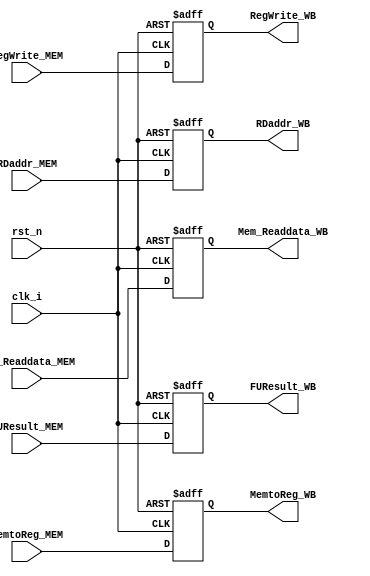
module MEMWBreg(
           clk_i,
           rst_n,
           RegWrite_MEM,
           RegWrite_WB,
           MemtoReg_MEM,
           MemtoReg_WB,
           RDaddr_MEM,
           RDaddr_WB,
           Mem_Readdata_MEM,
           Mem_Readdata_WB,
           FUResult_MEM,
           FUResult_WB
       );
input clk_i;
input rst_n;
input RegWrite_MEM;
input MemtoReg_MEM;
input [2:0] RDaddr_MEM;
input [15:0] Mem_Readdata_MEM;
input [15:0] FUResult_MEM;


output reg RegWrite_WB;
output reg MemtoReg_WB;
output reg [2:0] RDaddr_WB;
output reg [15:0] Mem_Readdata_WB;
output reg [15:0] FUResult_WB;




always@(posedge clk_i or negedge rst_n)
begin
    if(!rst_n)
    begin
        RegWrite_WB <= 1'b0;
        MemtoReg_WB <= 1'b0;
        RDaddr_WB <= 3'b0;
        Mem_Readdata_WB <= 16'b0;
        FUResult_WB <= 16'b0;

    end

    else
    begin
        RegWrite_WB <= RegWrite_MEM;
        MemtoReg_WB <= MemtoReg_MEM;
        RDaddr_WB <= RDaddr_MEM;
        Mem_Readdata_WB <= Mem_Readdata_MEM;
        FUResult_WB <= FUResult_MEM;

    end

end

endmodule